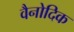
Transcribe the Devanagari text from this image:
वैनोदिक